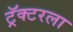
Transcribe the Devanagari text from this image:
ट्रॅक्टरला